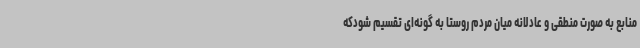
منابع به صورت منطقی و عادلانه میان مردم روستا به گونه‌ای تقسیم شودکه